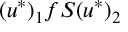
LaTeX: ( u ^ { \ast } ) _ { 1 } f S ( u ^ { \ast } ) _ { 2 }